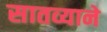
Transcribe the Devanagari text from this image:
सातव्याने